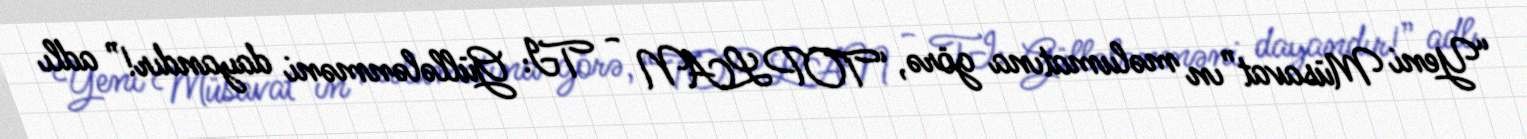
“Yeni Müsavat”ın məlumatına görə, “TOPLAN - TI: Güllələnməni dayandır!” adlı